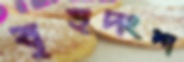
বৃহদংশ